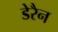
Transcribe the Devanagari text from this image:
डेरैन